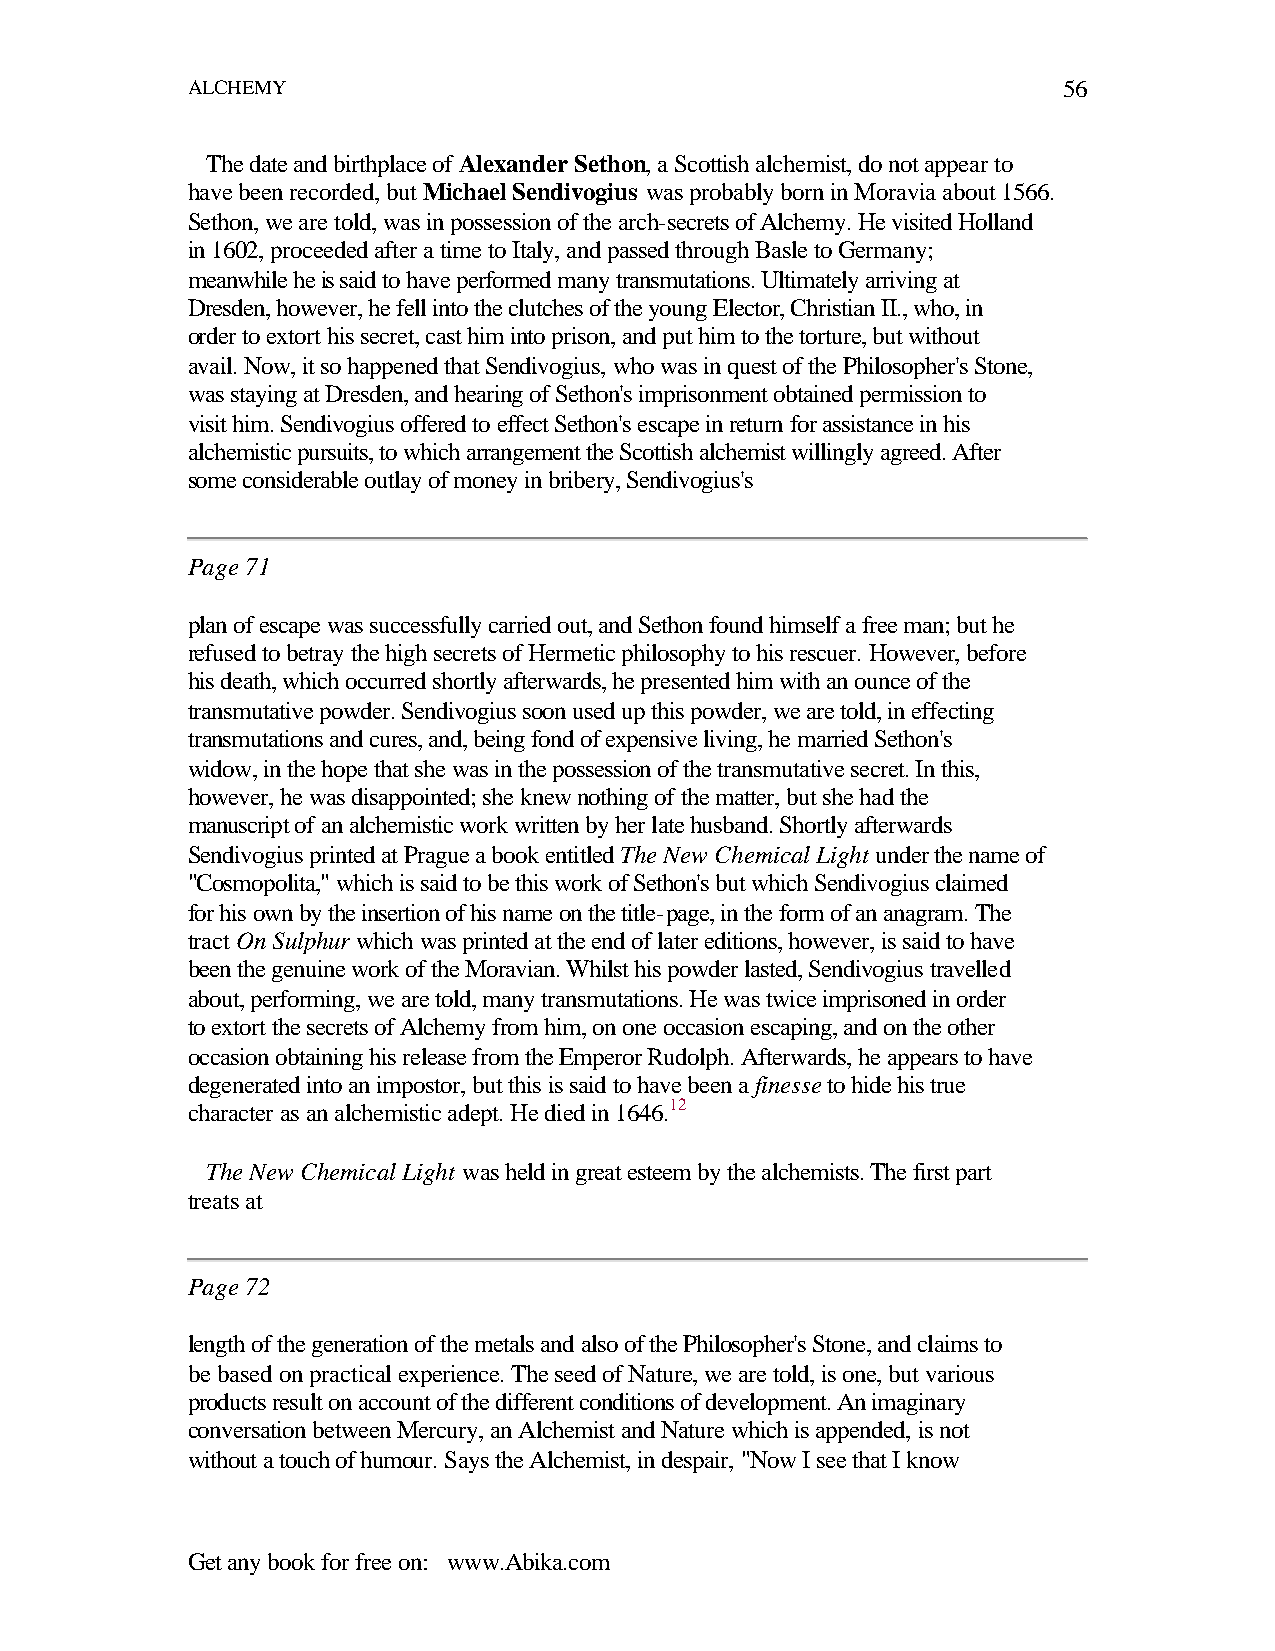
ALCHEMY                                                   56
 The date and birthplace of Alexander Sethon, a Scottish alchemist, do not appear to
 have been recorded, but Michael Sendivogius was probably born in Moravia about 1566.
 Sethon, we are told, was in possession of the arch-secrets of Alchemy. He visited Holland
 in 1602, proceeded after a time to Italy, and passed through Basle to Germany;
 meanwhile he is said to have performed many transmutations. Ultimately arriving at
 Dresden, however, he fell into the clutches of the young Elector, Christian II., who, in
 order to extort his secret, cast him into prison, and put him to the torture, but without
 avail. Now, it so happened that Sendivogius, who was in quest of the Philosopher's Stone,
 was staying at Dresden, and hearing of Sethon's imprisonment obtained permission to
 visit him. Sendivogius offered to effect Sethon's escape in return for assistance in his
 alchemistic pursuits, to which arrangement the Scottish alchemist willingly agreed. After
 some considerable outlay of money in bribery, Sendivogius's
 Page 71
 plan of escape was successfully carried out, and Sethon found himself a free man; but he
 refused to betray the high secrets of Hermetic philosophy to his rescuer. However, before
 his death, which occurred shortly afterwards, he presented him with an ounce of the
 transmutative powder. Sendivogius soon used up this powder, we are told, in effecting
 transmutations and cures, and, being fond of expensive living, he married Sethon's
 widow, in the hope that she was in the possession of the transmutative secret. In this,
 however, he was disappointed; she knew nothing of the matter, but she had the
 manuscript of an alchemistic work written by her late husband. Shortly afterwards
 Sendivogius printed at Prague a book entitled The New Chemical Light under the name of
 "Cosmopolita," which is said to be this work of Sethon's but which Sendivogius claimed
 for his own by the insertion of his name on the title-page, in the form of an anagram. The
 tract On Sulphur which was printed at the end of later editions, however, is said to have
 been the genuine work of the Moravian. Whilst his powder lasted, Sendivogius travelled
 about, performing, we are told, many transmutations. He was twice imprisoned in order
 to extort the secrets of Alchemy from him, on one occasion escaping, and on the other
 occasion obtaining his release from the Emperor Rudolph. Afterwards, he appears to have
 degenerated into an impostor, but this is said to have been a finesse to hide his true
 character as an alchemistic adept. He died in 1646.12
 The New Chemical Light was held in great esteem by the alchemists. The first part
 treats at
 Page 72
 length of the generation of the metals and also of the Philosopher's Stone, and claims to
 be based on practical experience. The seed of Nature, we are told, is one, but various
 products result on account of the different conditions of development. An imaginary
 conversation between Mercury, an Alchemist and Nature which is appended, is not
 without a touch of humour. Says the Alchemist, in despair, "Now I see that I know
 Get any book for free on: www.Abika.com